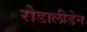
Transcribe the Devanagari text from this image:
रोडालीडेन